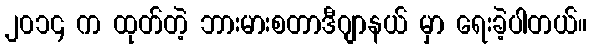
၂၀၁၄ က ထုတ်တဲ့ ဘားမားစတာဒီဂျာနယ် မှာ ရေးခဲ့ပါတယ်။